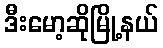
ဒီးမော့ဆိုမြို့နယ်